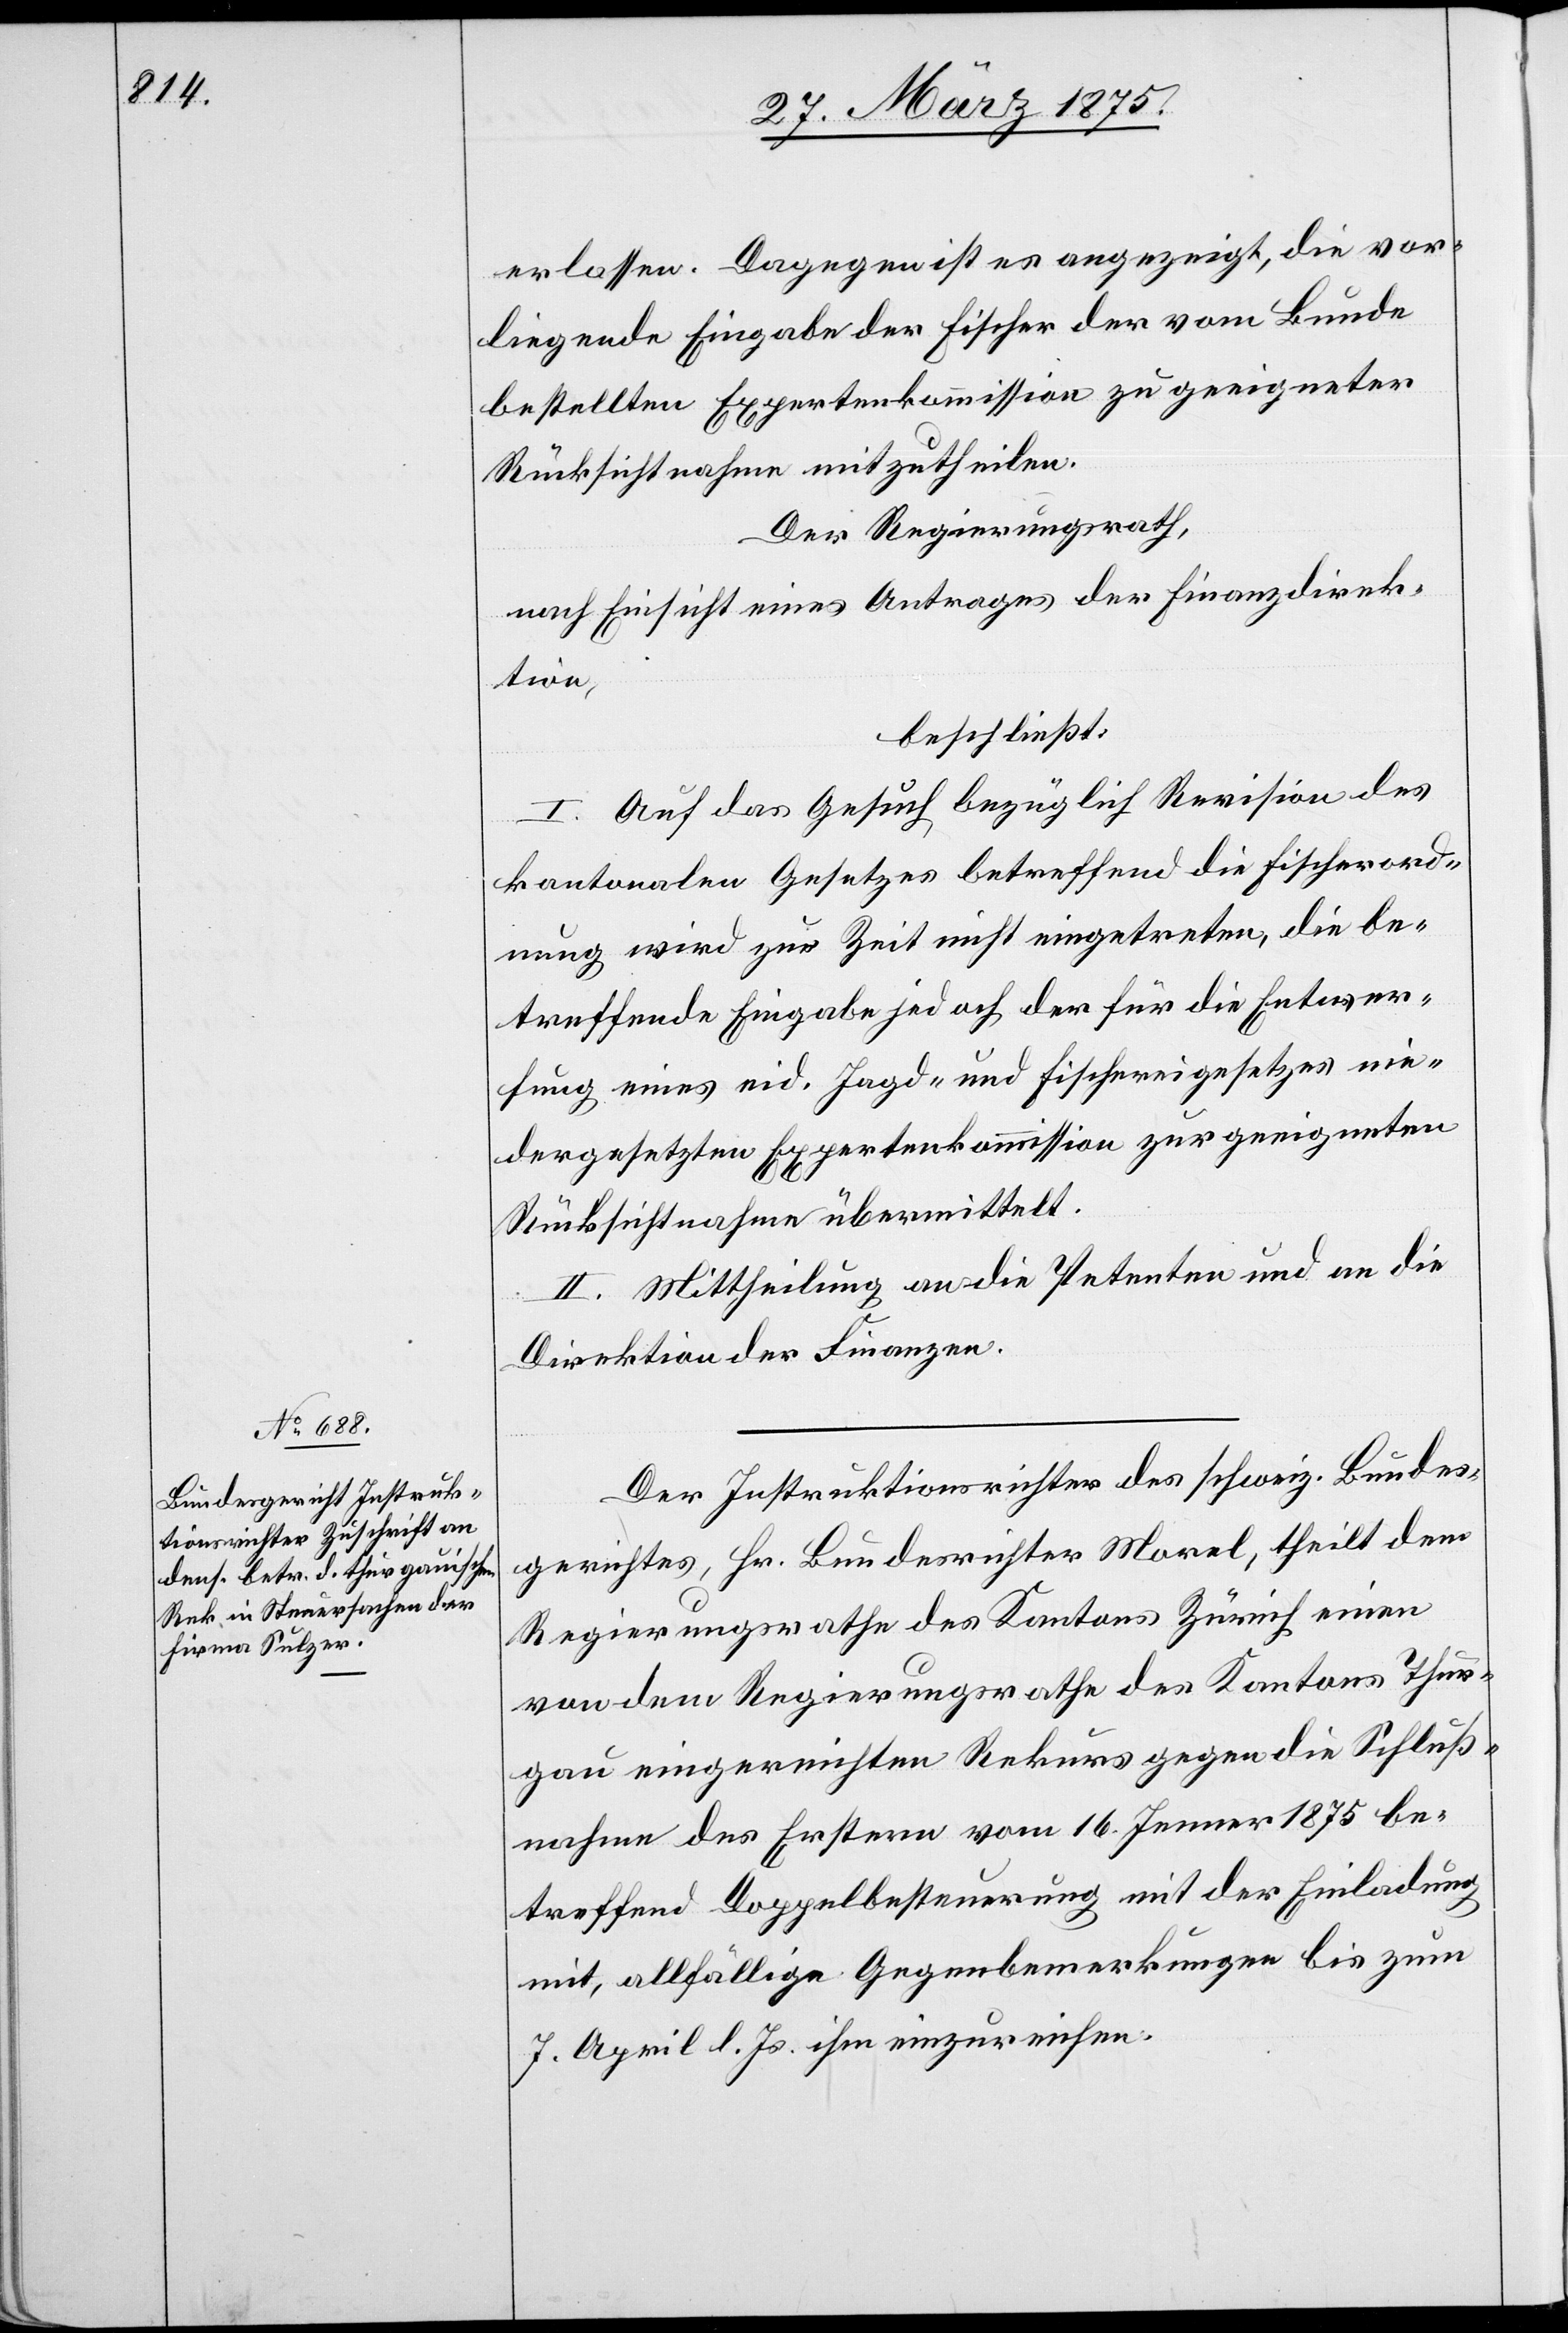
erlassen. Dagegen ist es angezeigt, die vor¬
liegende Eingabe der Fischer der vom Bunde
bestellten Expertenkommission zu geeigneter
Rücksichtnahme mitzutheilen.
Der Regierungsrath,
nach Einsicht eines Antrages der Finanzdirek¬
tion,
beschließt:
I. Auf das Gesuch bezüglich Revision des
kantonalen Gesetzes betreffend die Fischerord¬
nung wird zur Zeit nicht eingetreten die be¬
treffende Eingabe jedoch der für die Entwer¬
fung eines eid. Jagd- und Fischereigesetzes nie¬
dergesetzten Expertenkommission zu geeigneten
Rücksichtnahme übermittelt.
II. Mittheilung an die Petenten und an die
Direktion der Finanzen.
Der Inspektionsrichter des schweiz. Bundes¬
gerichtes, Hr. Bundesrichter Morel, theilt dem
Regierungsrathe des Kantons Zürich einen
von dem Regierungsrathe des Kantons Thur¬
gau eingereichten Rekurs gegen die Schluß¬
nahme des Erstern vom 16. Jenner 1875 be¬
treffend Doppelbesteuerung mit der Einladung
mit, allfällige Gegenbemerkungen bis zum
7. April d. Js ihm einzureichen.